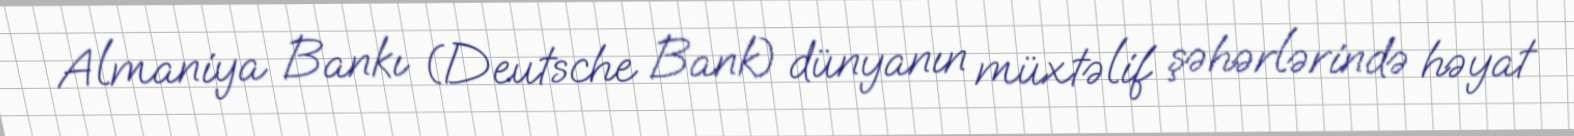
Almaniya Bankı (Deutsche Bank) dünyanın müxtəlif şəhərlərində həyat